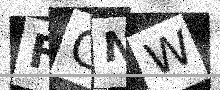
Text: FGNW